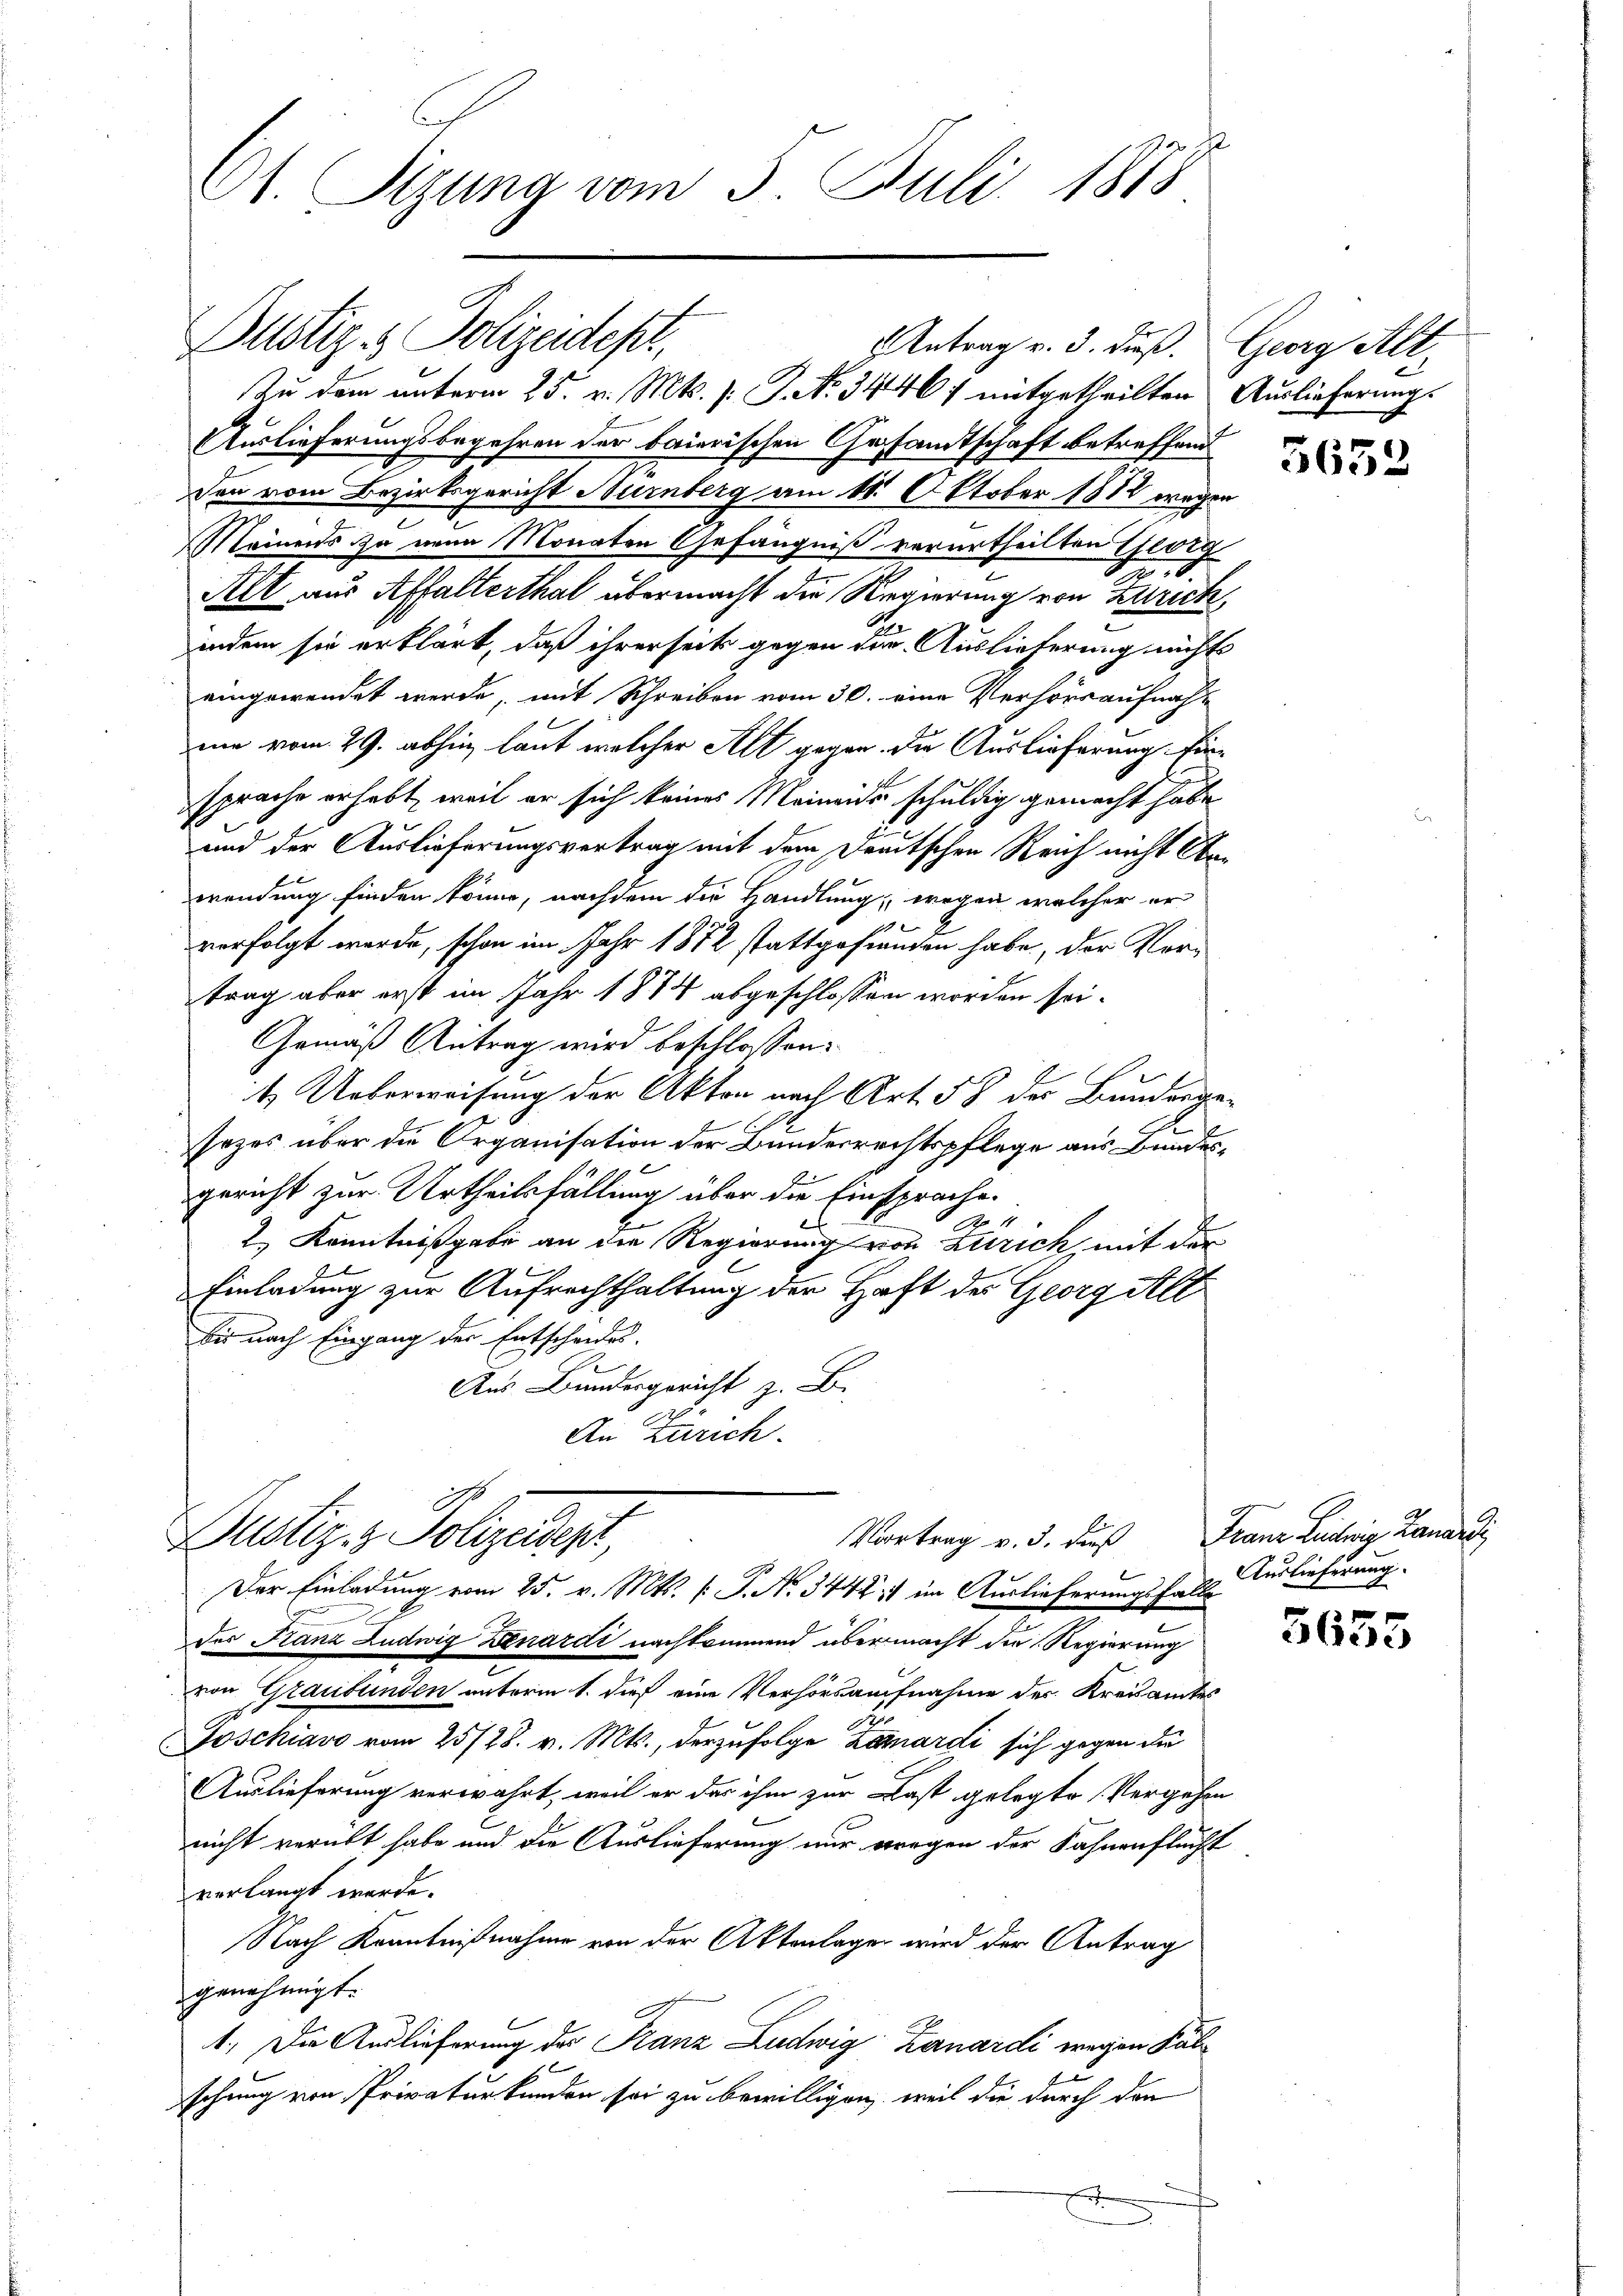
St. Sizung vom 3. Juli 1875

Justiz- & Polizeidept,

Zu dem unterm 25. v. Mts. s. Z. No. 34467 mitgetheilten Auslieferung.
Auslieferungsbegehren der baierischen Gesandtschaft betreffend
Den vom Bezirksgericht Nürnberg am 18. Oktober 1882 wegen
Meinens zu neun Monaten Gefängniß verurtheilten Georg
4
Alt aus Affalterthal übermacht die Regierung von Zürich,
2
indem sie erklärt, daß ihrerseits gegen die Auslieferung nichts
eingewendet werde, mit Schreiben vom 30. eine Verhörraufnah¬
.
mie vom 29. abhin laut welcher Alt gegen die Auslieferung finsprache erhebt, weil er sich keines Meineider schuldig gemacht habe
und der Auslieferungsvertrag mit dem Deutschen Reich nicht Kawendung finden könne, nachdem die Handlung, wegen welcher er
verfolgt werde, schon im Jahr 1872 stattgefunden habe, der Vertrag aber erst im Jahr 1874 abgeschlossen worden sei.
Gemäß Antrag wird beschlossen:
4. Ueberweisung der Akten nach Art. 58 der Bundergee
sezes über die Organisation der Bundesrechtspflege aus Bundesgericht zur Urtheilsfällung über die Einsprache.
2.) Kenntnißgabe an die Regierung von Zürich, mit der
Einladung zur Aufrechthaltung der Haft des Georg Alt
bis nach Eingang der Entscheides.
Aus Bundesgericht z. B.
An Zürich.
Vortrag v. 3. dieß Franz Ludwig Danardi,
Dustiz- & Polizeidigt,
Der Einladung vom 25. v. Mts. (: P. Nr. 3442) im Auslieferungsfalls Auslieferung.
des Franz Ludwig Denardi nachkommend übermacht die Regierung
von Graubünden unterm 1. dieß eine Verhörsaufnahme des Kreisamtes
i
Joschiavo vom 25/28. v. Mts., derzufolge Zamardi sich gegen die
Auslieferung verwahrt, weil er das ihm zur Last gelegte Vergehen
nicht verübt habe und die Auslieferung nur wegen der Fahnenflucht
verlangt werde.
Nach Kenntnißnahme von der Aktenlagen wird der Antrag
genehmigt.
1.) Die Auslieferung der Franz Ludwig Zanardi wegen Salschung von Privaturkunden sei zu bewilligen, weil die durch den
E

Antrag v. 3. Fuß. Georg Alt

5652

5655